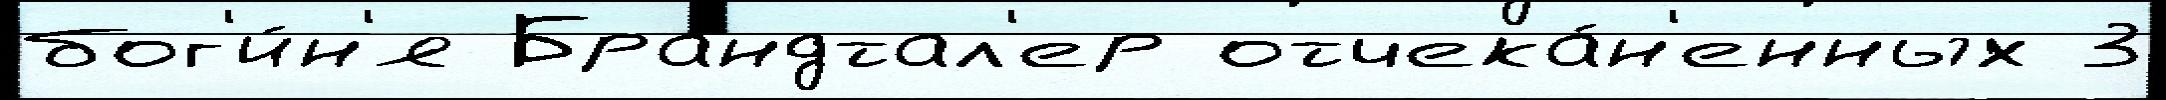
бог'и́н'я Брандтал'ер отчека́н'енных 3